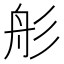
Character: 䑣